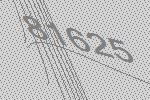
81625